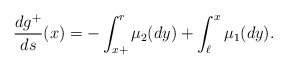
\begin{align*}\frac{dg^+}{ds}(x)=-\int_{x+}^r\mu_2(dy)+\int_{\ell}^x\mu_1(dy).\end{align*}